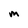
Character: m